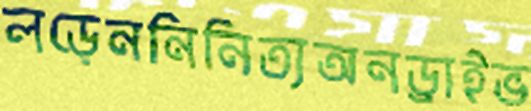
লড়েননিনিত্যঅনড্রাইভ